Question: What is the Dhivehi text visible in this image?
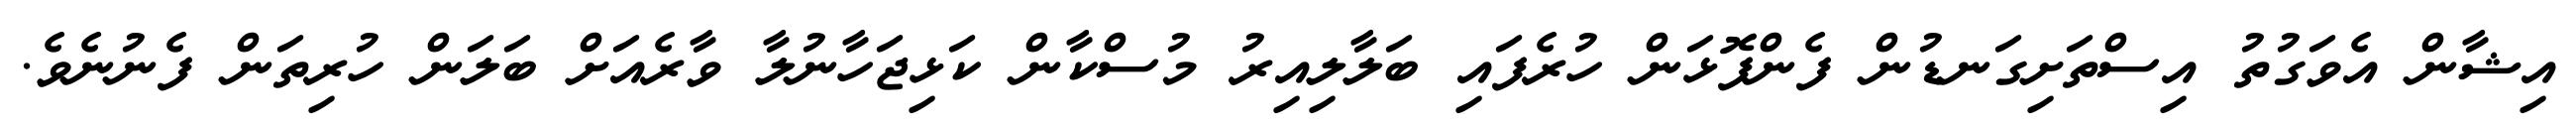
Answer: އިޝާން އެވަގުތު އިސްތަށިގަނޑުން ފެންފޮޅަން ހުރެފައި ބަލާލިއިރު މުސްކާން ކަޅިޖަހާނުލާ ވާރެއަށް ބަލަން ހުރިތަން ފެނުނެވެ.